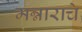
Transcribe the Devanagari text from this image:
मन्नाराचे